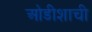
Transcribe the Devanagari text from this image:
ओडीशाची